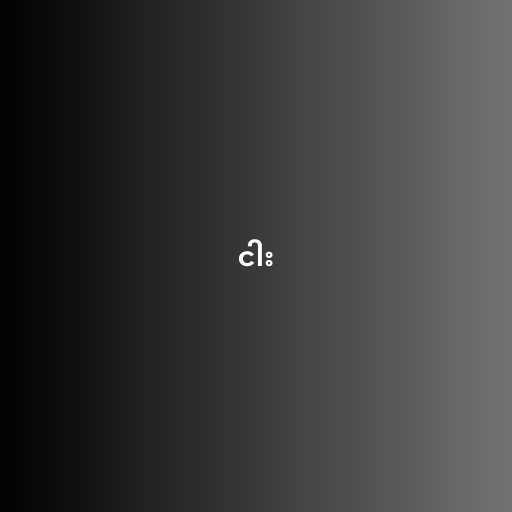
ငါး